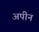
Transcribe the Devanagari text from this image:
अपीन